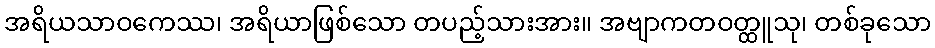
အရိယသာဝကေဿ၊ အရိယာဖြစ်သော တပည့်သားအား။ အဗျာကတဝတ္ထူသု၊ တစ်ခုသော